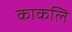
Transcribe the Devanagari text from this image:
काकलि